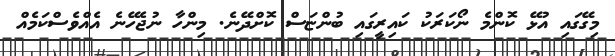
މިގޭގައި އުޅޭ ކޮންމެ ނޯކަރަކު ކައިރީގައި ބުންޏަސް ކޮށްދޭނެ. މިންހާ ނުޖެހޭނެ އެއްވެސްކަމެއް